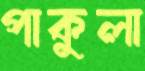
পাকুলা